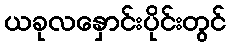
ယခုလနှောင်းပိုင်းတွင်